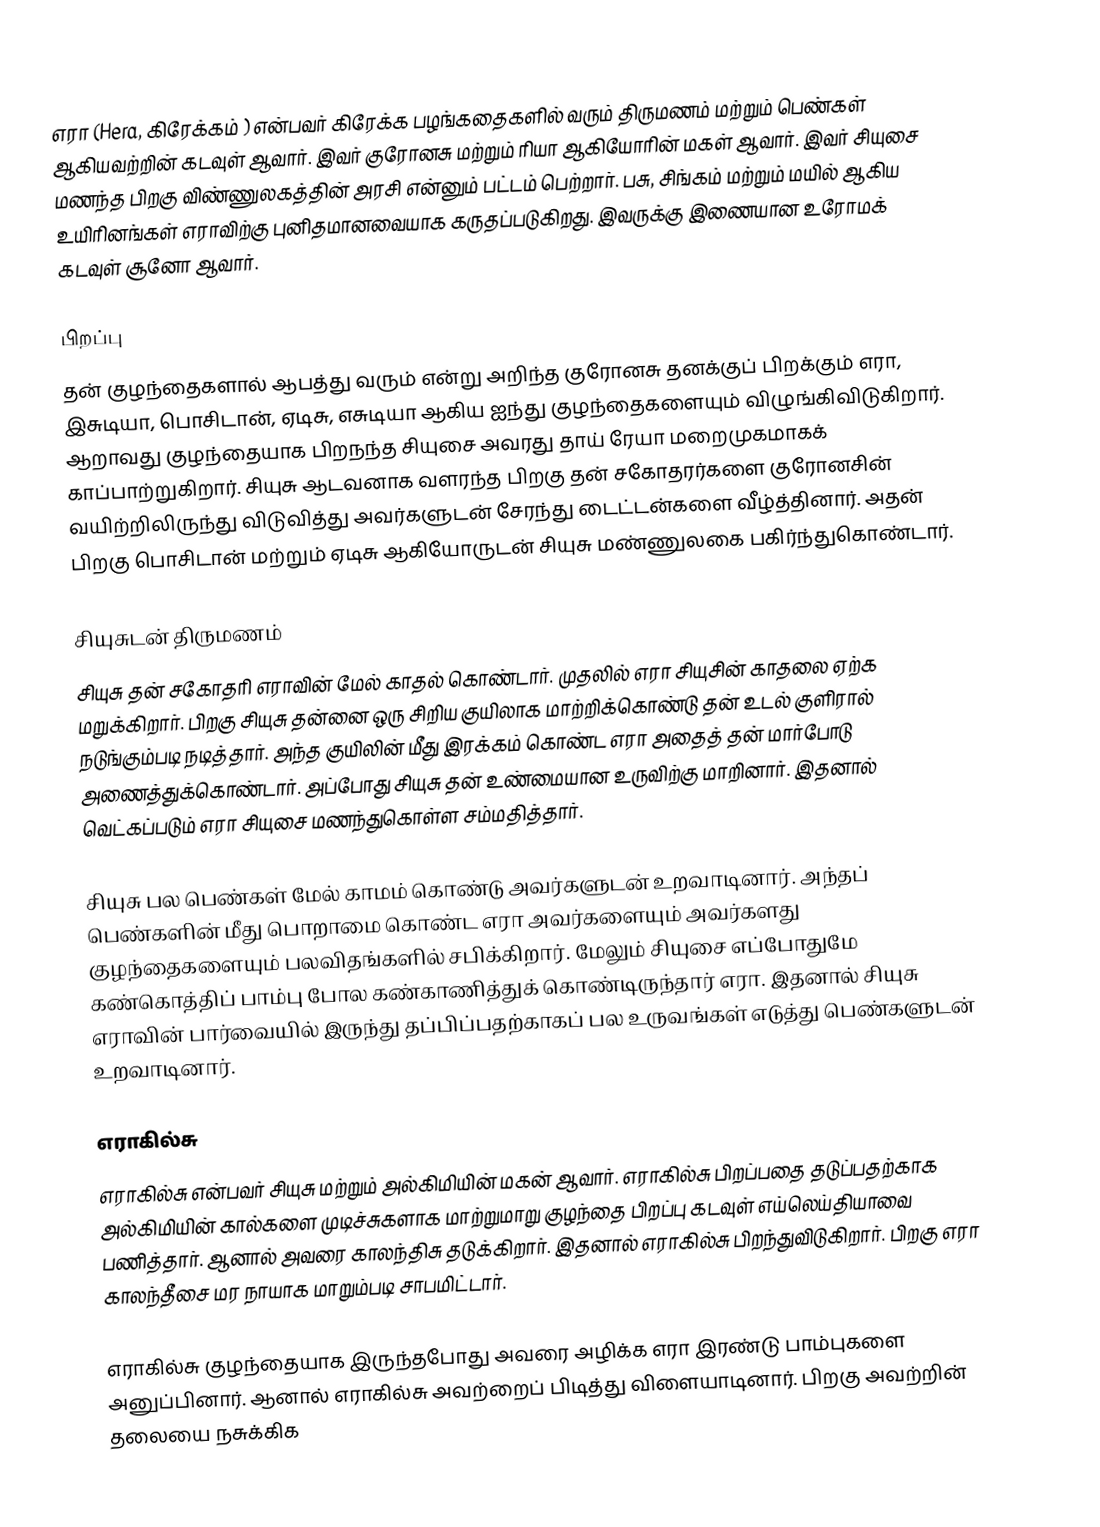
எரா (Hera, கிரேக்கம் ) என்பவர் கிரேக்க பழங்கதைகளில் வரும் திருமணம் மற்றும் பெண்கள் ஆகியவற்றின் கடவுள் ஆவார். இவர் குரோனசு மற்றும் ரியா ஆகியோரின் மகள் ஆவார். இவர் சியுசை மணந்த பிறகு விண்ணுலகத்தின் அரசி என்னும் பட்டம் பெற்றார். பசு, சிங்கம் மற்றும் மயில் ஆகிய உயிரினங்கள் எராவிற்கு புனிதமானவையாக கருதப்படுகிறது. இவருக்கு இணையான உரோமக் கடவுள் சூனோ ஆவார்.

பிறப்பு
தன் குழந்தைகளால் ஆபத்து வரும் என்று அறிந்த குரோனசு தனக்குப் பிறக்கும் எரா, இசுடியா, பொசிடான், ஏடிசு, எசுடியா ஆகிய ஐந்து குழந்தைகளையும் விழுங்கிவிடுகிறார். ஆறாவது குழந்தையாக பிறநந்த சியுசை அவரது தாய் ரேயா மறைமுகமாகக் காப்பாற்றுகிறார். சியுசு ஆடவனாக வளரந்த பிறகு தன் சகோதரர்களை குரோனசின் வயிற்றிலிருந்து விடுவித்து அவர்களுடன் சேரந்து டைட்டன்களை வீழ்த்தினார். அதன் பிறகு பொசிடான் மற்றும் ஏடிசு ஆகியோருடன் சியுசு மண்ணுலகை பகிர்ந்துகொண்டார்.

சியுசுடன் திருமணம்
சியுசு தன் சகோதரி எராவின் மேல் காதல் கொண்டார். முதலில் எரா சியுசின் காதலை ஏற்க மறுக்கிறார். பிறகு சியுசு தன்னை ஒரு சிறிய குயிலாக மாற்றிக்கொண்டு தன் உடல் குளிரால் நடுங்கும்படி நடித்தார். அந்த குயிலின் மீது இரக்கம் கொண்ட எரா அதைத் தன் மார்போடு அணைத்துக்கொண்டார். அப்போது சியுசு தன் உண்மையான உருவிற்கு மாறினார். இதனால் வெட்கப்படும் எரா சியுசை மணந்துகொள்ள சம்மதித்தார்.

சியுசு பல பெண்கள் மேல் காமம் கொண்டு அவர்களுடன் உறவாடினார். அந்தப் பெண்களின் மீது பொறாமை கொண்ட எரா அவர்களையும் அவர்களது குழந்தைகளையும் பலவிதங்களில் சபிக்கிறார். மேலும் சியுசை எப்போதுமே கண்கொத்திப் பாம்பு போல கண்காணித்துக் கொண்டிருந்தார் எரா. இதனால் சியுசு எராவின் பார்வையில் இருந்து தப்பிப்பதற்காகப் பல உருவங்கள் எடுத்து பெண்களுடன் உறவாடினார்.

எராகில்சு
எராகில்சு என்பவர் சியுசு மற்றும் அல்கிமியின் மகன் ஆவார். எராகில்சு பிறப்பதை தடுப்பதற்காக அல்கிமியின் கால்களை முடிச்சுகளாக மாற்றுமாறு குழந்தை பிறப்பு கடவுள் எய்லெய்தியாவை பணித்தார். ஆனால் அவரை காலந்திசு தடுக்கிறார். இதனால் எராகில்சு பிறந்துவிடுகிறார். பிறகு எரா காலந்தீசை மர நாயாக மாறும்படி சாபமிட்டார்.

எராகில்சு குழந்தையாக இருந்தபோது அவரை அழிக்க எரா இரண்டு பாம்புகளை அனுப்பினார். ஆனால் எராகில்சு அவற்றைப் பிடித்து விளையாடினார். பிறகு அவற்றின் தலையை நசுக்கிக